Annual administration report of the Civil Veterinary Department of India - 1896-1897
Year: 1896
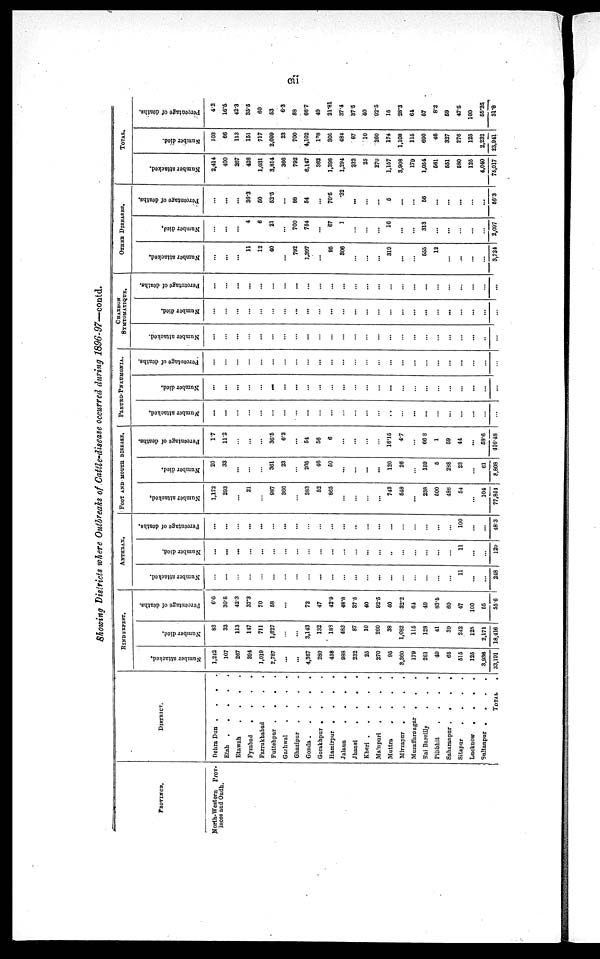
cii
Showing Districts where Outbreaks of Cattle-disease occurred during 1896-97—contd.
PROVINCE.
North-Western
Prov-
inces and Oudh.
DISTRICT.
Dehra Dun . . . .
Etah
.
.
.
.
.
Etawah
. . . .
Fyzabad
.
.
.
.
Farrukhabad . . .
Futtehpur . . . .
Garhwal
.
.
.
.
Ghazipur
.
.
.
.
Gonda
.
.
.
.
.
Gorakhpur
.
.
.
.
Hamirpur .
.
.
.
Jalaun
.
.
.
.
Jhansi
.
.
.
.
Kheri
.
.
.
.
.
Mainpuri
.
.
.
.
Muttra
.
.
.
.
Mirzapur
.
.
.
.
Muzaffarnagar
.
. .
Rai Bareilly
.
.
.
Pilibhit
.
.
.
.
Saharanpur .
.
.
.
Sitapur
.
.
.
.
Lucknow
.
.
.
.
Sultanpur .
.
.
.
TOTAL .
RINDFRPEST.
Number attacked.
1,242
107
267
394
1,019
2,787
...
...
4,867
280
438
988
232
25
270
96
3,360
179
261
49
66
616
126
3,936
33,191
Number died.
83
33
113
147
711
1,627
...
...
3,143
132
189
483
87
10
260
38
1,082
116
128
41
39
242
125
2,171
18,416
Percentage of deaths.
60
30.8
42.3
37.3
70
68
...
...
72
47
42.9
48.8
37.5
40
92.5
40
32.2
64
49
83.5
60
47
100
55
55.6
ANTHRAX.
Number attacked.
...
...
...
...
...
...
...
...
...
...
...
...
...
...
...
...
...
...
...
...
...
11
...
...
248
Number died.
...
...
...
...
...
...
...
...
...
...
...
...
...
...
...
...
...
...
...
...
...
11
...
...
120
Percentage of deaths.
...
...
...
...
...
...
...
...
...
...
...
...
...
...
...
...
...
...
...
...
...
100
...
...
48.3
FOOT AND MOUTH DISEASE.
Number attacked,
1,172
293
...
21
...
987
366
...
883
82
865
...
...
...
...
743
648
...
238
500
486
54
...
104
77,861
Number died.
20
33
...
...
...
361
23
...
205
46
50
...
...
...
...
120
26
...
159
5
288
23
...
61
8,808
Percentage
of deaths.
17
11.2
...
...
...
36.5
6.3
...
54
58
6
...
...
...
...
16.15
4.7
...
66.3
1
59
44
...
58.6
416.48
PLEURO-PNEUMONIA.
Number attacked.
...
...
...
...
...
...
...
...
...
...
...
...
...
...
...
...
...
...
...
...
...
...
...
...
...
Number died.
...
...
...
...
...
...
...
...
...
...
...
...
...
...
...
...
...
...
...
...
...
...
...
...
...
Percentage of deaths.
...
...
...
...
...
...
...
...
...
...
...
...
...
...
...
...
...
...
...
...
...
...
...
...
...
CHARBON
SYMTOMATIQUE.
Number attacked.
...
...
...
...
...
...
...
...
...
...
...
...
...
...
...
...
...
...
...
...
...
...
...
..
...
Number died.
...
...
...
...
...
...
...
...
...
...
...
...
...
...
...
...
...
...
...
...
...
...
...
...
...
Percentage of deaths.
...
...
...
...
...
...
...
...
...
...
...
...
...
...
...
...
...
...
...
...
...
...
...
...
...
OTHER DISEASES.
Number attacked.
...
...
...
11
12
40
...
792
1,397
...
95
306
...
...
...
319
...
...
555
12
...
...
...
...
3,724
Number died.
...
...
...
4
6
21
...
700
754
...
67
1
...
...
...
10
...
...
313
...
...
...
...
...
2,097
Percentage of deaths.
...
...
...
36.3
50
52.5
...
88
54
...
70.5
.32
...
...
...
6
...
...
56
...
...
...
...
...
66.3
TOTAL.
Number attacked.
2,414
400
267
426
1,031
3,814
366
792
6,147
362
1,398
1,294
332
25
270
1,157
3,908
179
1,054
561
551
580
125
4,040
76,017
Number died.
103
66
113
151
717
2,009
23
700
4,102
178
305
484
87
10
260
174
1,108
115
600
46
327
276
125
2,232
23.941
Percentage
of deaths.
4.2
16.5
42.3
35.5
60
53
6.3
88
66.7
49
21.81
37.4
87.5
40
92.5
15
28.3
64
57
8.2
59
47.5
100
55.25
31.8